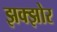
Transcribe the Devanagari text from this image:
झक्झोर